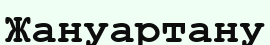
Жануартану